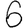
Digit: 6